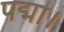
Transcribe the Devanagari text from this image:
पद्मा।